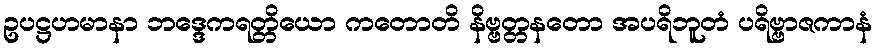
ဥပဋ္ဌဟမာနာ ဘဒ္ဒေကရတ္တိယော ကတောတိ နိဗ္ဗတ္တနတော အပရိဘူတံ ပရိဗ္ဗာဇကာနံ